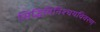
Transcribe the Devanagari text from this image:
सिद्धिविनिश्चयविवरण